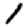
Digit: 1